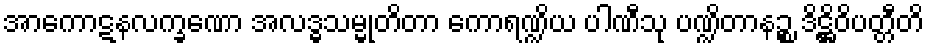
အာကောဋနလက္ခဏော အလဒ္ဓသမ္မုတိတာ ကောရဏ္ဍိယ ပါဏီသု ပဏ္ဍိတာနဉ္စ ဒိဋ္ဌိဝိပတ္တီတိ